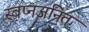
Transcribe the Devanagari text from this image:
स्वप्नजनित